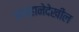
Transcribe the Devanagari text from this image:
आव्हानेदेखील